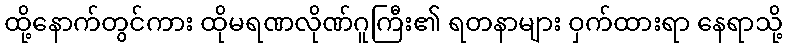
ထို့နောက်တွင်ကား ထိုမရဏလိုဏ်ဂူကြီး၏ ရတနာများ ဝှက်ထားရာ နေရာသို့